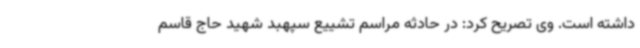
داشته است. وی تصریح کرد: در حادثه مراسم تشییع سپهبد شهید حاج قاسم